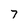
Character: 7